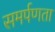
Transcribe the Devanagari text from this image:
समर्पणता